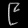
Digit: ၉